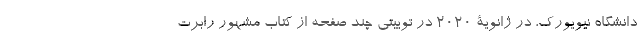
دانشگاه نیویورک، در ژانویۀ 2020 در توییتی چند صفحه از کتاب مشهور رابرت